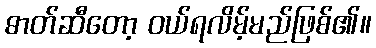
ဓာတ်ဆီတော့ ဝယ်ရလိမ့်မည်ဖြစ်၏။